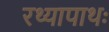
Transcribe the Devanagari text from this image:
रथ्यापाथः